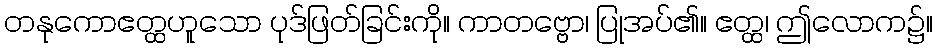
တနုကောဧတ္ထဟူသော ပုဒ်ဖြတ်ခြင်းကို။ ကာတဗ္ဗော၊ ပြုအပ်၏။ ဧတ္ထ၊ ဤလောက၌။